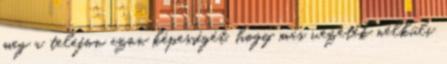
meg a telefon azon képességét, hogy más vezeték nélküli